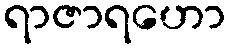
ရာဇာရဟော